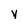
Character: y